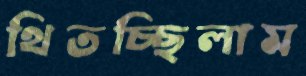
থিতচ্ছিলাম